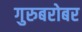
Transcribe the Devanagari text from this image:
गुरुबरोबर